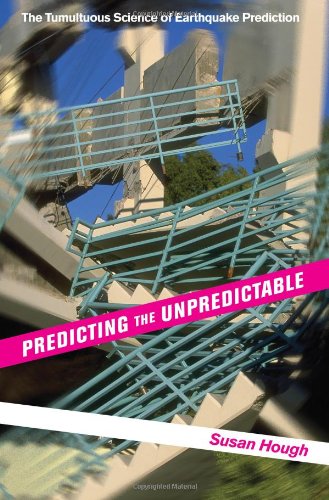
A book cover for Predicting the Unpredictable: The Tumultuous Science of Earthquake Prediction; Susan Hough; Science & Math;